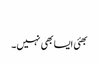
​
بھئی ایسا بھی نہیں۔